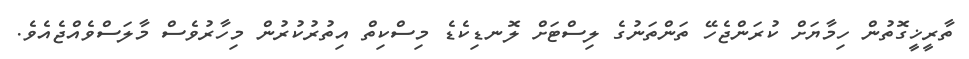
ތާރީޚީގޮތުން ހިމާޔަށް ކުރަންޖެހޭ ތަންތަނުގެ ލިސްޓަށް ލޮނޑިކެޑެ މިސްކިތް އިތުރުކުރުން މިހާރުވެސް މާލަސްވެއްޖެއެވެ.